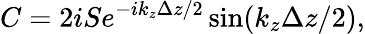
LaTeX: C=2iSe^{-ik_{z}\Delta z/2}\sin(k_{z}\Delta z/2),